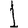
Digit: 1